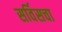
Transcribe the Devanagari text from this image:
सर्विसचा